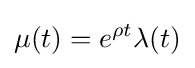
\mathbf {\mu } (t)=e^{\rho t}\mathbf {\lambda } (t)